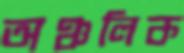
অঞ্চলিক